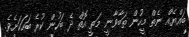
ބައްޔެއް ނެތް މީހުން ތަބާވާނީ މަތީ އޮތް ދެ ބަހުން ކުރެ ބަހަކަށެވެ.